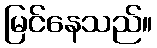
မြင်နေသည်။